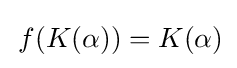
\,f(K(\alpha ))=K(\alpha )